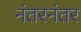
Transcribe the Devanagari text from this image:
नंतरनंतर